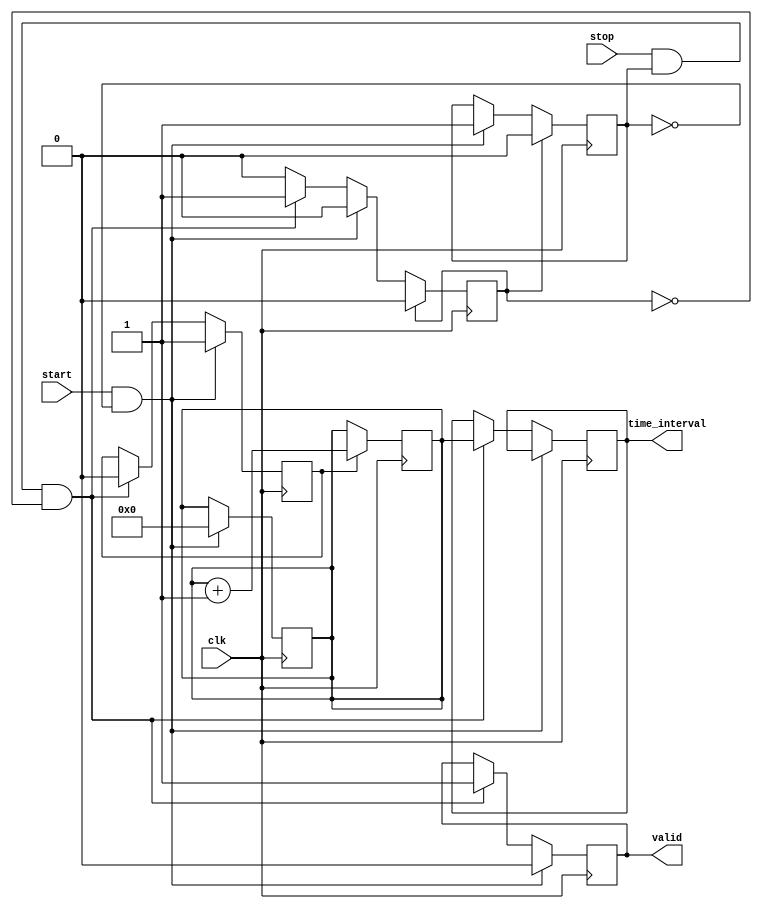
module TDC (
    input wire clk,          // High-frequency clock input
    input wire start,        // Start signal
    input wire stop,         // Stop signal
    output reg [9:0] time_interval, // 10-bit output for time interval
    output reg valid         // Output valid signal
);

    // Parameters
    parameter DELAY_STAGES = 10; // Number of delay stages
    parameter CLOCK_PERIOD = 10;  // Clock period in ns (adjust as needed)

    // Internal signals
    reg [DELAY_STAGES-1:0] delay_line; // Delay line for time measurement
    reg [9:0] counter;                  // Counter for measuring time intervals
    reg counting;                       // Counting flag
    reg start_detected;                // Flag for start detection
    reg stop_detected;                 // Flag for stop detection

    // Generate delay line
    always @(posedge clk) begin
        if (counting) begin
            delay_line <= {delay_line[DELAY_STAGES-2:0], 1'b1}; // Shift in new delay
        end else begin
            delay_line <= 0; // Reset delay line
        end
    end

    // Start and Stop signal detection
    always @(posedge clk) begin
        if (start && !start_detected) begin
            start_detected <= 1'b1; // Start event detected
            counter <= 0;            // Reset counter
            counting <= 1'b1;        // Start counting
            valid <= 1'b0;           // Output not valid yet
        end else if (stop && start_detected && !stop_detected) begin
            stop_detected <= 1'b1;   // Stop event detected
            counting <= 1'b0;        // Stop counting
            time_interval <= counter; // Capture the time interval
            valid <= 1'b1;           // Output valid
        end
        // Reset detection flags
        if (stop_detected) begin
            start_detected <= 1'b0;
            stop_detected <= 1'b0;
        end
    end

    // Digital counter
    always @(posedge clk) begin
        if (counting) begin
            counter <= counter + 1; // Increment counter on each clock cycle
        end
    end

endmodule